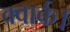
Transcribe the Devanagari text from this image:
क्वार्क।